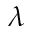
\lambda